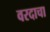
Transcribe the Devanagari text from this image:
वरदाचा